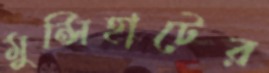
মুন্সিহাটের